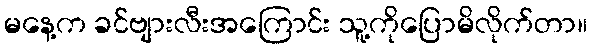
မနေ့က ခင်ဗျားလီးအကြောင်း သူ့ကိုပြောမိလိုက်တာ။